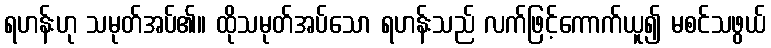
ရဟန်းဟု သမုတ်အပ်၏။ ထိုသမုတ်အပ်သော ရဟန်းသည် လက်ဖြင့်ကောက်ယူ၍ မစင်သဖွယ်